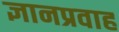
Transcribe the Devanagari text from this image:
ज्ञानप्रवाह